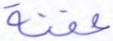
عفنة